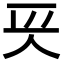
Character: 𠇬